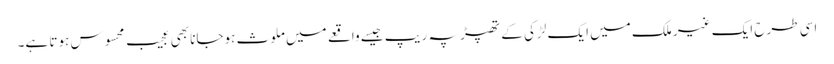
اسی طرح ایک غیر ملک میں ایک لڑکی کے تھپڑ پہ ریپ جیسے واقعے میں ملوث ہوجانا بھی عجیب محسوس ہوتا ہے۔